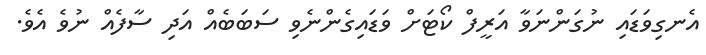
އެނގިވަޑައި ނުގަންނަވާ އަރީފް ކޯޓަށް ވަޑައިގެންނެވި ސަބަބެއް އަދި ސާފެއް ނުވެ އެވެ.